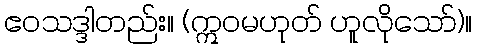
ဧဝသဒ္ဒါတည်း။ (ဣဝမဟုတ် ဟူလိုသော်)။